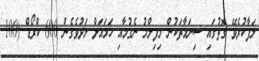
ލަފާކުރެވޭ ގޮތުގައި ސިނަމާތަކުން މިފިލްމު ނެގުމާއި ހަމައަށް މަދުވެގެން 600 ކްރޯޑް (100